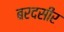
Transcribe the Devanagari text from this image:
बरदसीर